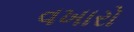
વખારો